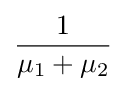
{\frac {1}{\mu _{1}+\mu _{2}}}